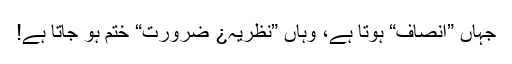
جہاں ”انصاف“ ہوتا ہے، وہاں ”نظریہ¿ ضرورت“ ختم ہو جاتا ہے!